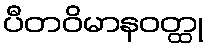
ပီတဝိမာနဝတ္ထု